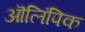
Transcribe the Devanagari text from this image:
ऒलिंपिक